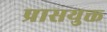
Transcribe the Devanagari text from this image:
प्रासयुक्त